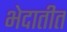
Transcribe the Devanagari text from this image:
भेदातीत